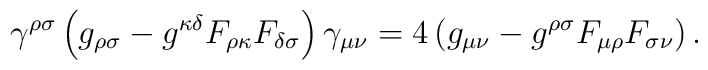
\gamma^{\rho \sigma} \left( g_{\rho \sigma} -g^{\kappa \delta} F_{\rho  \kappa}F_{\delta \sigma} \right) \gamma_{\mu \nu} = 4\left( g_{\mu \nu} -g^{\rho\sigma} F_{\mu \rho} F_{\sigma \nu} \right) .